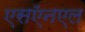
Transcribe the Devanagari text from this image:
एसऍनएल